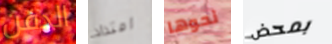
الدفن امتداد نحوها بمحض